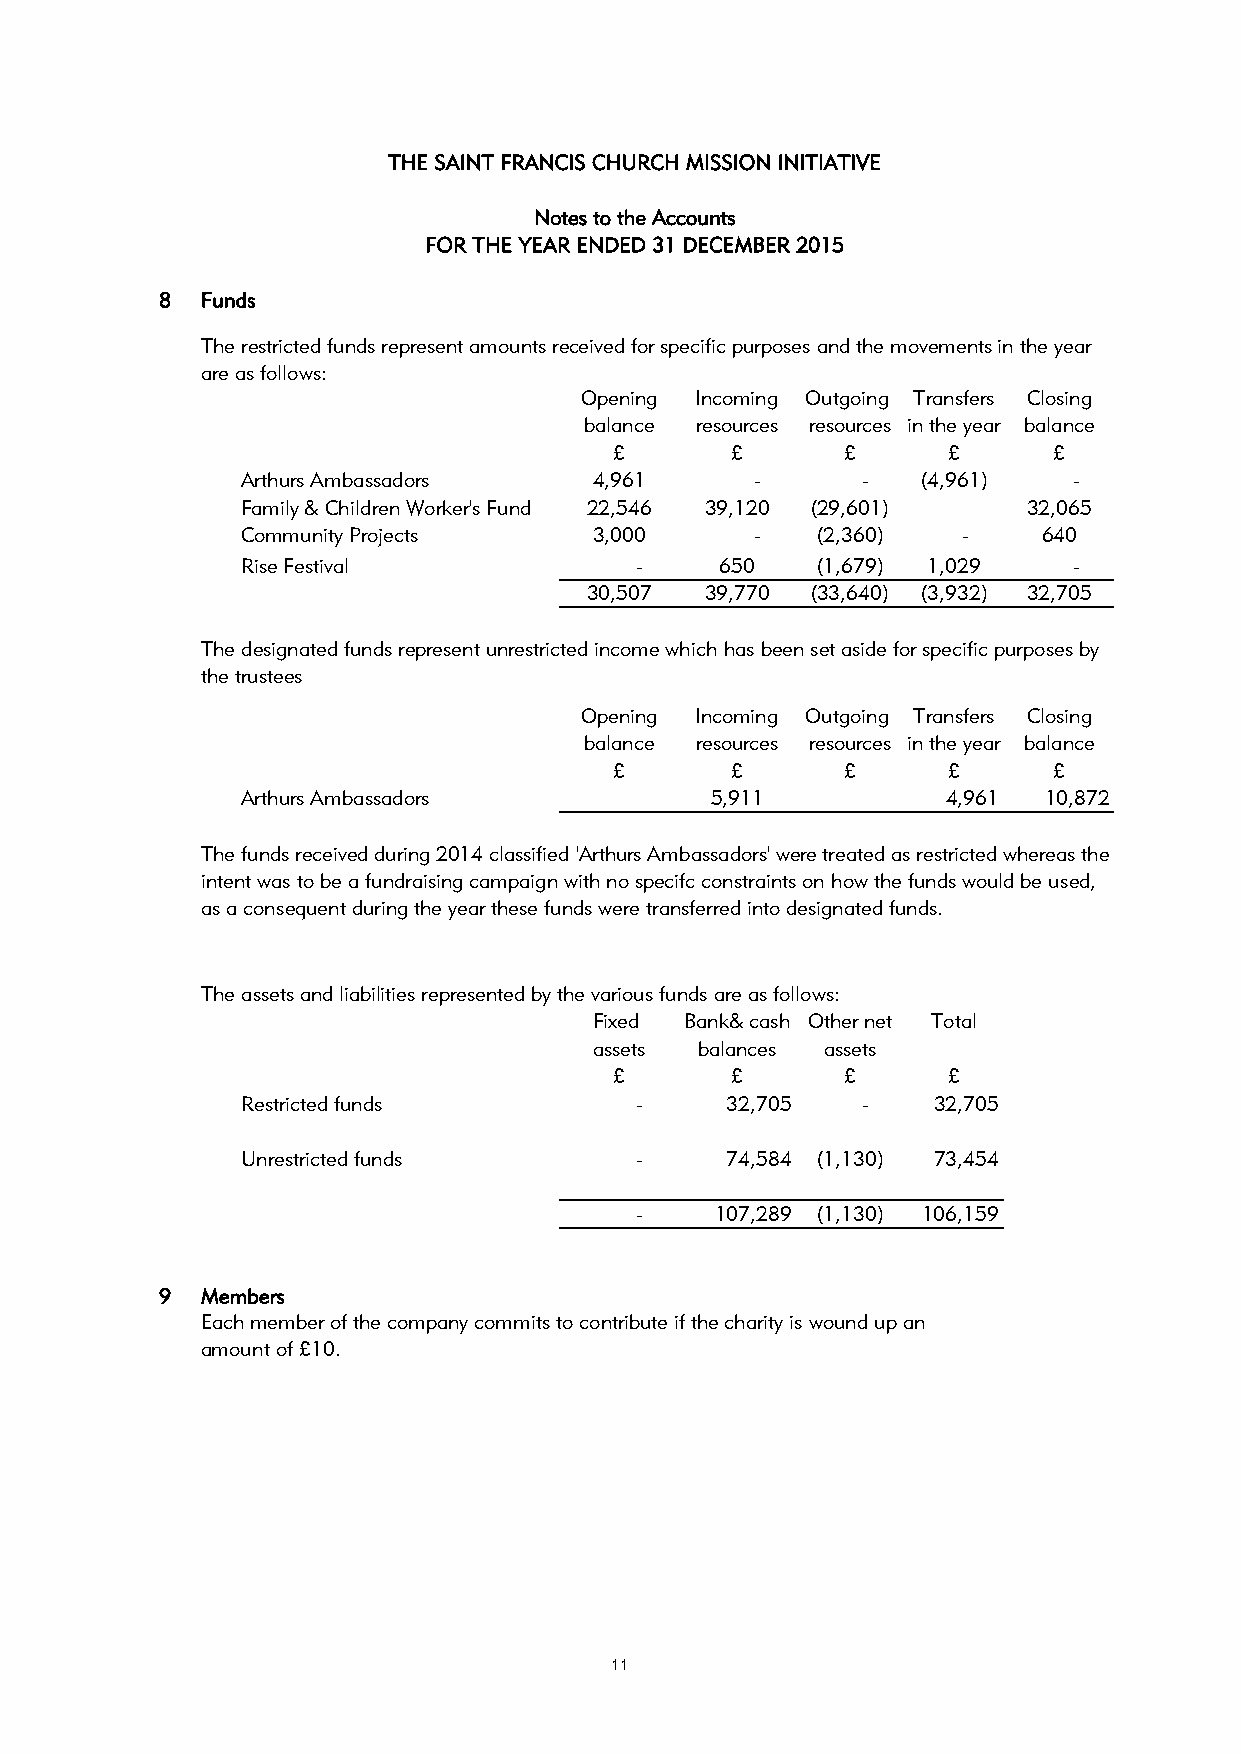
THE SAINT FRANCIS CHURCH MISSION INITIATIVE
 Notes to the Accounts
 FOR THE YEAR ENDED 31 DECEMBER 2015
 8 Funds
 The restricted funds represent amounts received for specific purposes and the movements in the year
 are as follows:
 Opening Incoming Outgoing Transfers Closing
 balance resources resources in the year balance
 £      £       £      £      £
 Arthurs Ambassadors    4,961      -      -   (4,961)   -
 Family & Children Worker's Fund 22,546 39,120 (29,601) 32,065
 Community Projects     3,000      -   (2,360)   -    640
 Rise Festival             -     650   (1,679) 1,029    -
 30,507  39,770 (33,640) (3,932) 32,705
 The designated funds represent unrestricted income which has been set aside for specific purposes by
 the trustees
 Opening Incoming Outgoing Transfers Closing
 balance resources resources in the year balance
 £      £       £      £      £
 Arthurs Ambassadors            5,911           4,961 10,872
 The funds received during 2014 classified 'Arthurs Ambassadors' were treated as restricted whereas the
 intent was to be a fundraising campaign with no specifc constraints on how the funds would be used,
 as a consequent during the year these funds were transferred into designated funds.
 The assets and liabilities represented by the various funds are as follows:
 Fixed Bank& cash Other net Total
 assets balances assets
 £      £       £      £
 Restricted funds          -     32,705   -    32,705
 Unrestricted funds        -     74,584 (1,130) 73,454
 -    107,289 (1,130) 106,159
 9 Members
 Each member of the company commits to contribute if the charity is wound up an
 amount of £10.
 11